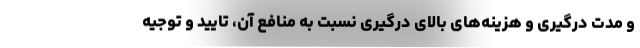
و مدت درگیری و هزینه‌های بالای درگیری نسبت به منافع آن، تایید و توجیه